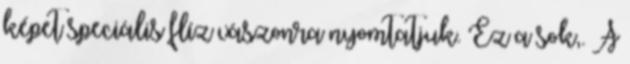
képet speciális flíz vászonra nyomtatjuk. Ez a sok,. A